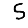
Digit: 5